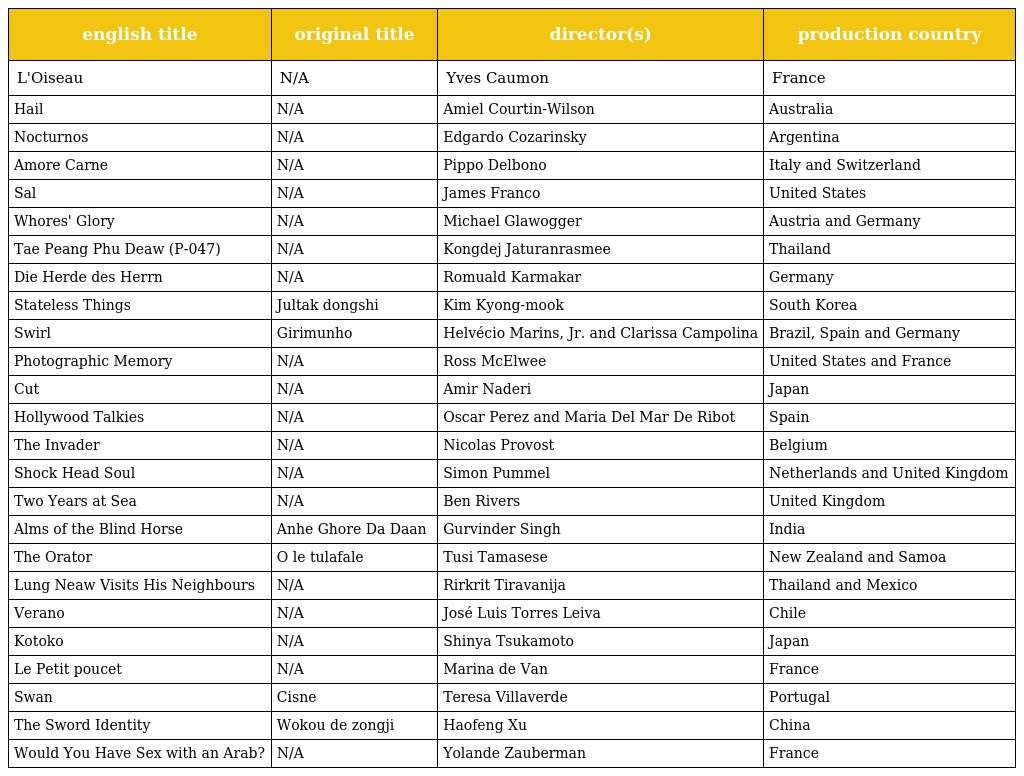
| english title | original title | director(s) | production country |
 | --- | --- | --- | --- |
 | L'Oiseau | N/A | Yves Caumon | France |
 | Hail | N/A | Amiel Courtin-Wilson | Australia |
 | Nocturnos | N/A | Edgardo Cozarinsky | Argentina |
 | Amore Carne | N/A | Pippo Delbono | Italy and Switzerland |
 | Sal | N/A | James Franco | United States |
 | Whores' Glory | N/A | Michael Glawogger | Austria and Germany |
 | Tae Peang Phu Deaw (P-047) | N/A | Kongdej Jaturanrasmee | Thailand |
 | Die Herde des Herrn | N/A | Romuald Karmakar | Germany |
 | Stateless Things | Jultak dongshi | Kim Kyong-mook | South Korea |
 | Swirl | Girimunho | Helvécio Marins, Jr. and Clarissa Campolina | Brazil, Spain and Germany |
 | Photographic Memory | N/A | Ross McElwee | United States and France |
 | Cut | N/A | Amir Naderi | Japan |
 | Hollywood Talkies | N/A | Oscar Perez and Maria Del Mar De Ribot | Spain |
 | The Invader | N/A | Nicolas Provost | Belgium |
 | Shock Head Soul | N/A | Simon Pummel | Netherlands and United Kingdom |
 | Two Years at Sea | N/A | Ben Rivers | United Kingdom |
 | Alms of the Blind Horse | Anhe Ghore Da Daan | Gurvinder Singh | India |
 | The Orator | O le tulafale | Tusi Tamasese | New Zealand and Samoa |
 | Lung Neaw Visits His Neighbours | N/A | Rirkrit Tiravanija | Thailand and Mexico |
 | Verano | N/A | José Luis Torres Leiva | Chile |
 | Kotoko | N/A | Shinya Tsukamoto | Japan |
 | Le Petit poucet | N/A | Marina de Van | France |
 | Swan | Cisne | Teresa Villaverde | Portugal |
 | The Sword Identity | Wokou de zongji | Haofeng Xu | China |
 | Would You Have Sex with an Arab? | N/A | Yolande Zauberman | France |